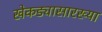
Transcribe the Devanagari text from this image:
खेकड्यासारख्या